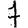
Digit: 7